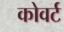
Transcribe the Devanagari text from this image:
कोवर्ट